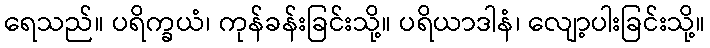
ရေသည်။ ပရိက္ခယံ၊ ကုန်ခန်းခြင်းသို့။ ပရိယာဒါနံ၊ လျော့ပါးခြင်းသို့။